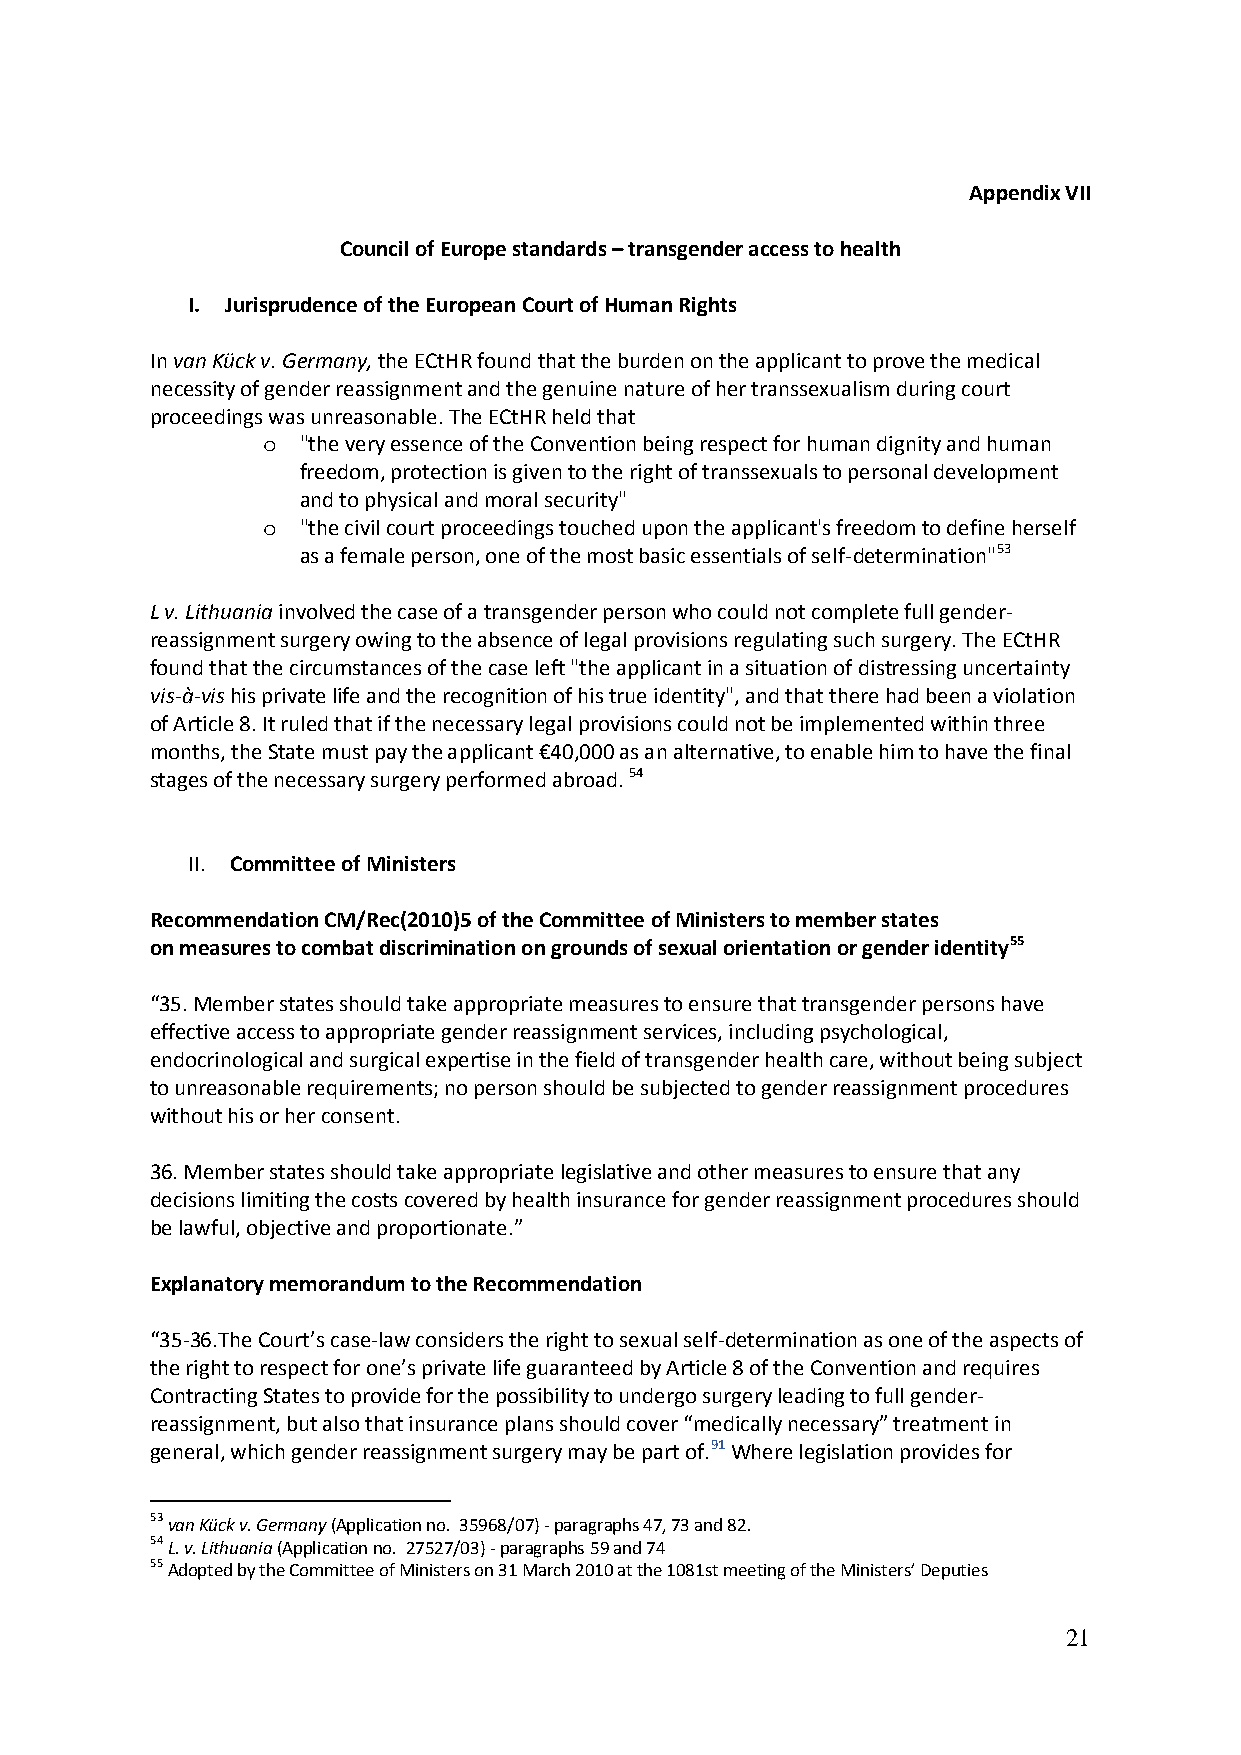
Appendix VII
 Council of Europe standards – transgender access to health
 I. Jurisprudence of the European Court of Human Rights
 In van Kück v. Germany, the ECtHR found that the burden on the applicant to prove the medical
 necessity of gender reassignment and the genuine nature of her transsexualism during court
 proceedings was unreasonable. The ECtHR held that
 "the very essence of the Convention being respect for human dignity and human
 o
 freedom, protection is given to the right of transsexuals to personal development
 and to physical and moral security"
 "the civil court proceedings touched upon the applicant's freedom to define herself
 o
 as a female person, one of the most basic essentials of self-determination"53
 L v. Lithuania involved the case of a transgender person who could not complete full gender-
 reassignment surgery owing to the absence of legal provisions regulating such surgery. The ECtHR
 found that the circumstances of the case left "the applicant in a situation of distressing uncertainty
 vis-à-vis his private life and the recognition of his true identity", and that there had been a violation
 of Article 8. It ruled that if the necessary legal provisions could not be implemented within three
 months, the State must pay the applicant €40,000 as an alternative, to enable him to have the final
 stages of the necessary surgery performed abroad. 54
 II. Committee of Ministers
 Recommendation CM/Rec(2010)5 of the Committee of Ministers to member states
 on measures to combat discrimination on grounds of sexual orientation or gender identity55
 “35. Member states should take appropriate measures to ensure that transgender persons have
 effective access to appropriate gender reassignment services, including psychological,
 endocrinological and surgical expertise in the field of transgender health care, without being subject
 to unreasonable requirements; no person should be subjected to gender reassignment procedures
 without his or her consent.
 36. Member states should take appropriate legislative and other measures to ensure that any
 decisions limiting the costs covered by health insurance for gender reassignment procedures should
 be lawful, objective and proportionate.”
 Explanatory memorandum to the Recommendation
 “35-36.The Court’s case-law considers the right to sexual self-determination as one of the aspects of
 the right to respect for one’s private life guaranteed by Article 8 of the Convention and requires
 Contracting States to provide for the possibility to undergo surgery leading to full gender-
 reassignment, but also that insurance plans should cover “medically necessary” treatment in
 general, which gender reassignment surgery may be part of.91 Where legislation provides for
 53 van Kück v. Germany (Application no. 35968/07) - paragraphs 47, 73 and 82.
 54 L. v. Lithuania (Application no. 27527/03) - paragraphs 59 and 74
 55 Adopted by the Committee of Ministers on 31 March 2010 at the 1081st meeting of the Ministers’ Deputies
 21